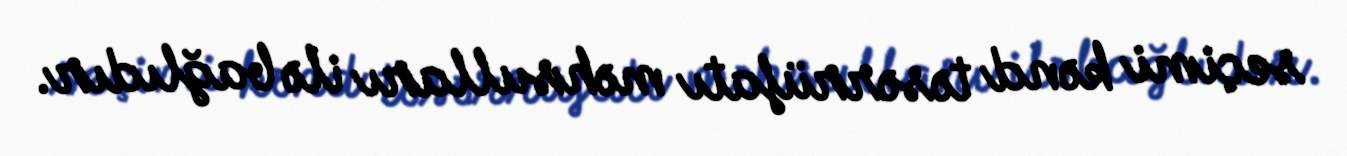
seçimi kənd təsərrüfatı məhsulları ilə bağlıdır.